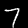
Digit: 7